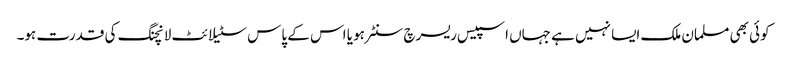
کوئی بھی مسلمان ملک ایسا نہیں ہے جہاں اسپیس ریسرچ سنٹر ہو یا اس کے پاس سٹیلائٹ لانچنگ کی قدرت ہو۔